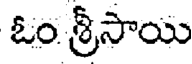
ఓం శ్రీసాయి